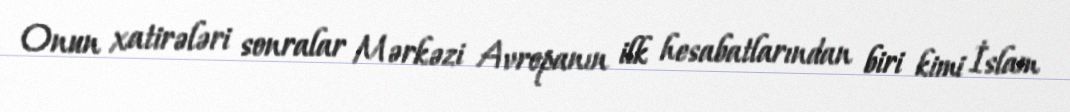
Onun xatirələri sonralar Mərkəzi Avropanın ilk hesabatlarından biri kimi İslam